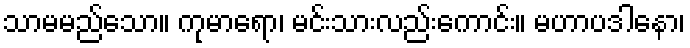
သာမမည်သော။ ကုမာရော၊ မင်းသားလည်းကောင်း။ မဟာပဒါနော၊